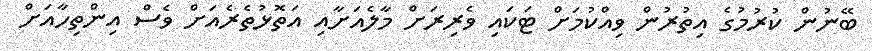
ބޭނުން ކުރުމުގެ އިތުރުން ވިއްކުމަށް ޓަކައި ވެރިރަށް މާލެއަށާއި އަތޮޅުތެރެއަށް ވެސް އިންތިހާއަށް